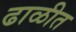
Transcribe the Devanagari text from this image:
ढाळीत